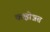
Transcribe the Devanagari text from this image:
कक्षोन्नत